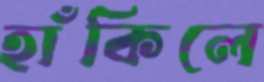
হাঁকিলে